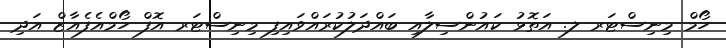
ހޯމް މިނިސްޓަރ ލ. އަތޮޅު ކައުންސިލާއި ބައްދަލުކުރައްވައިފި މިިނިސްޓަރ އޮފް ހޯމްއެފެއާޒް އަދި